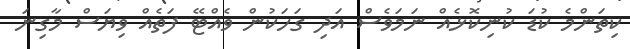
ކިތަންމެ ކުޑަ ކުނިކޮޅެއް ނަމަވެސް އަދި ގަހަކުން ވެއްޓޭ ފަތެއް ވިޔަސް މާގިނަ